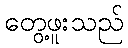
တွေ့ဖူးသည်